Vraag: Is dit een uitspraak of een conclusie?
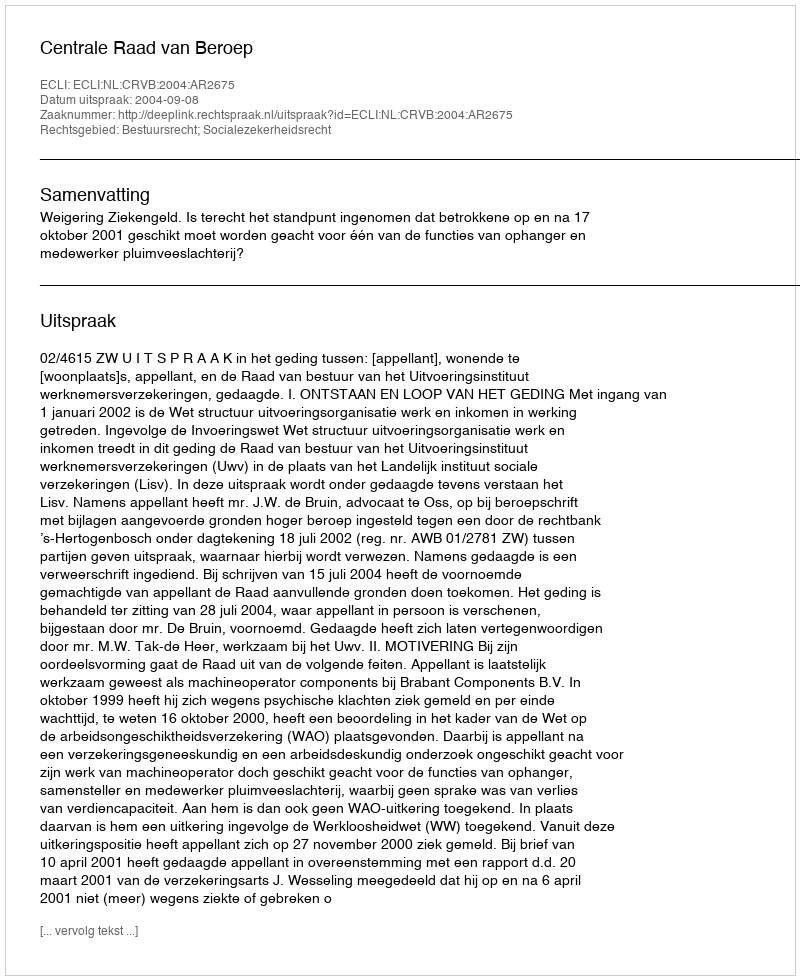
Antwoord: Uitspraak